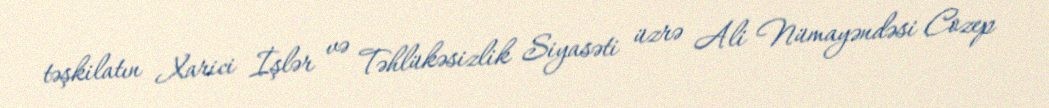
təşkilatın Xarici İşlər və Təhlükəsizlik Siyasəti üzrə Ali Nümayəndəsi Cozep